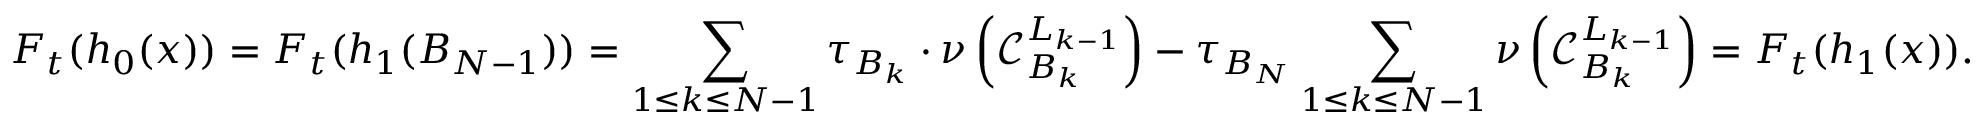
F _ { t } ( h _ { 0 } ( x ) ) = F _ { t } ( h _ { 1 } ( B _ { N - 1 } ) ) = \sum _ { 1 \leq k \leq N - 1 } \tau _ { B _ { k } } \cdot \nu \left( \mathcal { C } _ { B _ { k } } ^ { L _ { k - 1 } } \right) - \tau _ { B _ { N } } \sum _ { 1 \leq k \leq N - 1 } \nu \left( \mathcal { C } _ { B _ { k } } ^ { L _ { k - 1 } } \right) = F _ { t } ( h _ { 1 } ( x ) ) .